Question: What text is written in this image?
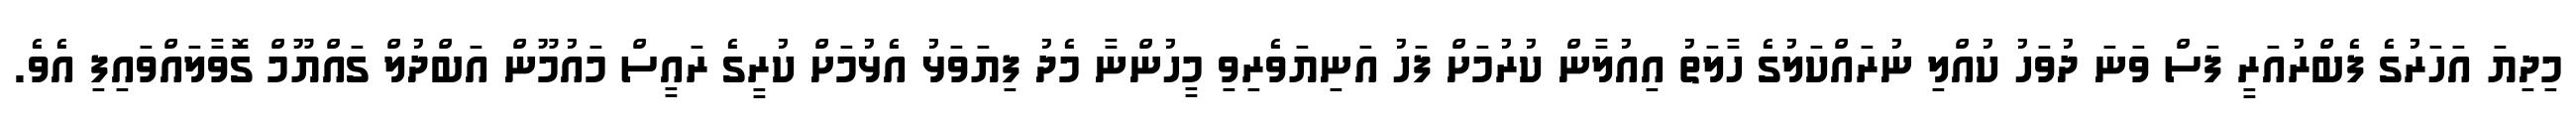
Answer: މިދިޔަ އަހަރުގެ ފެބްރުއަރީ ފަސް ވަނަ ދުވަހު ކުއްލި ނުރައްކަލުގެ ހާލަތު އިއުލާން ކުރުމަށް ފަހު އަނިޔަވެރިވި މީހުންނާ މެދު ފިޔަވަޅު އެޅުމަށް ކުރީގެ ރައީސް މައުމޫން އަބްދުލް ގައްޔޫމް ގޮވާލައްވައިފި އެވެ.